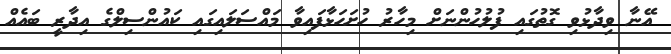
އޭނާ ވިދާޅުވި ގޮތުގައި ފުލުހުންނަށް މިހާރު ހުށަހަޅާފައިވާ މައްސަލައިގައި ކައުންސިލްގެ އިދާރީ ބައެއް